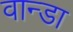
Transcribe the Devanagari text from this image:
वान्डा